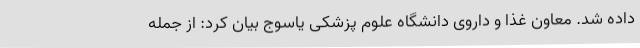
داده شد. معاون غذا و داروی دانشگاه علوم پزشکی یاسوج بیان کرد: از جمله